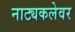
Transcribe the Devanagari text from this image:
नाट्यकलेवर